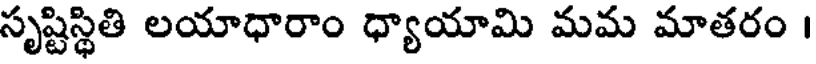
సృష్టిస్థితి లయాధారాం ధ్యాయామి మమ మాతరం ।